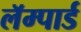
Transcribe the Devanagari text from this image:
लॅम्पार्ड